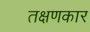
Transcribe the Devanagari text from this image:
तक्षणकार